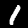
Digit: 1